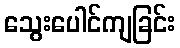
သွေးပေါင်ကျခြင်း